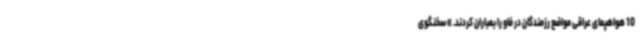
10 هواهپمای عراقی مواضع رزمندگان در فاو را بمباران کردند. » سخنگوی